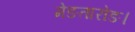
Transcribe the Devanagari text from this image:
मेङतारोङ।